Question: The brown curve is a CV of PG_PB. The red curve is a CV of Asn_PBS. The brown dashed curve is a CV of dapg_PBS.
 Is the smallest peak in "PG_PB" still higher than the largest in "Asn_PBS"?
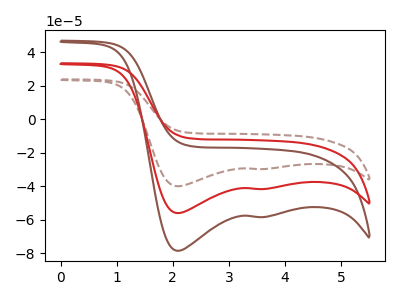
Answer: <think>The brown curve "PG_PB" has cathodic peaks at (2.10V, -78.45uA) (3.50V, -58.30uA). The red curve "Asn_PBS" has cathodic peaks at (2.10V, -55.95uA) (3.50V, -41.60uA). The brown dashed curve "dapg_PBS" has cathodic peaks at (2.10V, -111.90uA) (3.50V, -83.15uA).</think>
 <answer>Every peak in "PG_PB" is higher than every peak in "Asn_PBS".</answer>
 <eval>higher</eval>